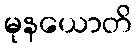
မုနယောတိ